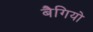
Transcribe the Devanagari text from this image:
बैगियो